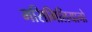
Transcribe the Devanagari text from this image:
मसिमिलियानो